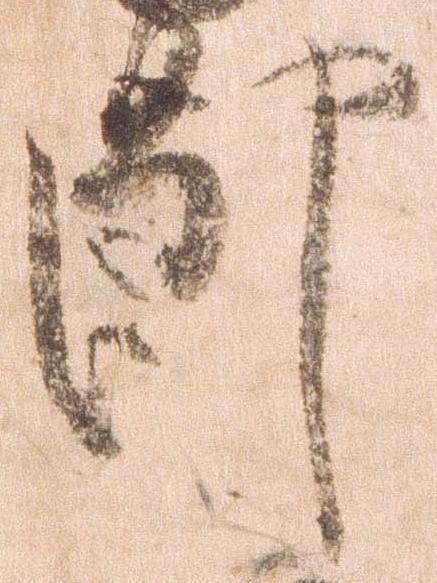
節